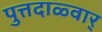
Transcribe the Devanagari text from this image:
पुत्तदाळ्वार्